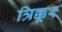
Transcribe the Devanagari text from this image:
त्रिक्कूर